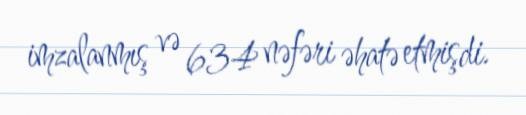
imzalanmış və 634 nəfəri əhatə etmişdi.